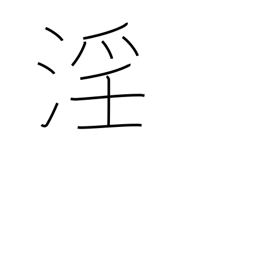
Meaning: licentiousness